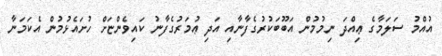
އުއްމު ސަލަމާގެ ޢިއްދަ ނިމުމުން އަބޫބަކުރުގެފާނާއި އަދި ޢުމަރުގެފާނު ކައިވެންޏަށް ހުށައެޅުމުން އެކަމަނާ